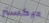
ديكستر